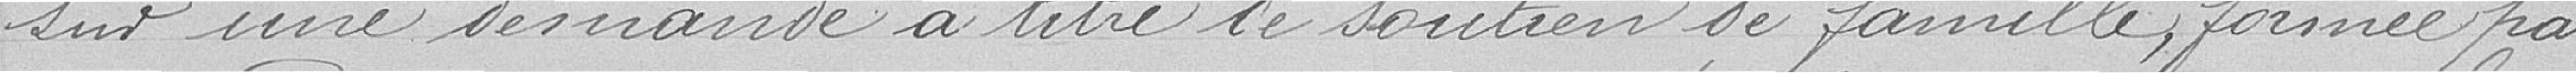
sur une demande à titre de soutien de famille, formée par